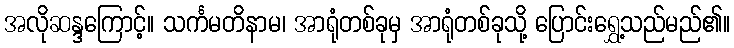
အလိုဆန္ဒကြောင့်။ သင်္ကမတိနာမ၊ အာရုံတစ်ခုမှ အာရုံတစ်ခုသို့ ပြောင်းရွှေ့သည်မည်၏။